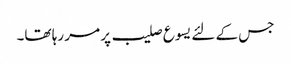
جس کے لئے یسوع صلیب پر مر رہا تھا۔